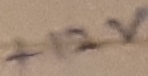
Text: +12V